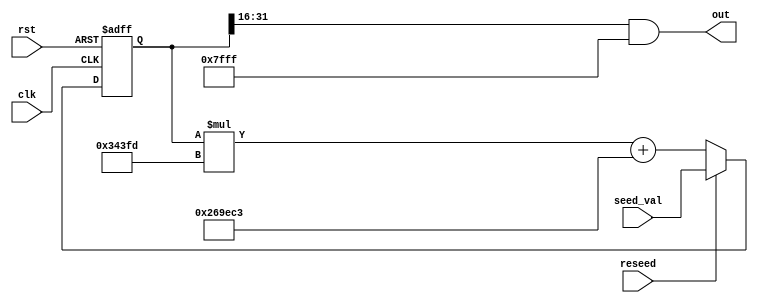
module c_rand (clk,rst,reseed,seed_val,out);
input clk,rst,reseed;
input [31:0] seed_val;
output [15:0] out;
wire [15:0] out;

reg [31:0] state;

always @(posedge clk or posedge rst) begin
	if (rst) state <= 0;
	else begin
		if (reseed) state <= seed_val;
		else begin
			state <= state * 32'h343fd + 32'h269EC3;
		end
	end
end

assign out = (state >> 16) & 16'h7fff;

endmodule